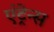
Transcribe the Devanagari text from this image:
एंट्रेन्स